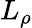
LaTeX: L_{\rho}